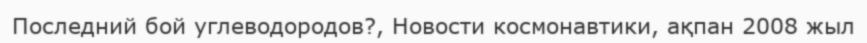
Последний бой углеводородов?, Новости космонавтики, ақпан 2008 жыл